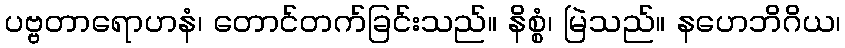
ပဗ္ဗတာရောဟနံ၊ တောင်တက်ခြင်းသည်။ နိစ္စံ၊ မြဲသည်။ နဟေဘိဂိယ၊